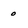
Character: 0